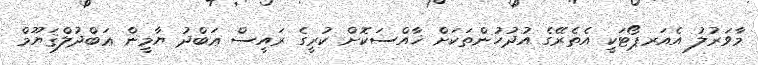
މާވަރުލު އެއަރޕޯޓަކީ އެތެރޭގެ އުދުހުންތަކަށް ޚާއްސަކޮށް ކުރީގެ ރައީސް ޢަބްދު ޔާމީން ޢަބްދުލްޤަޔޫމް